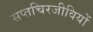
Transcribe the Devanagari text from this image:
सप्तचिरजीवियों